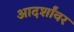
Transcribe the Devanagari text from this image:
आदर्शांवर